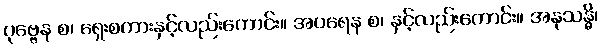
ပုဗ္ဗေန စ၊ ရှေးစကားနှင့်လည်းကောင်း။ အပရေန စ၊ နှင့်လည်းကောင်း။ အနုသန္ဓိ၊